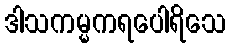
ဒါသကမ္မကရပေါရိသေ